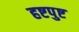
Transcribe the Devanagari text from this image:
हष्टपुष्ट